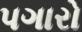
પગારો